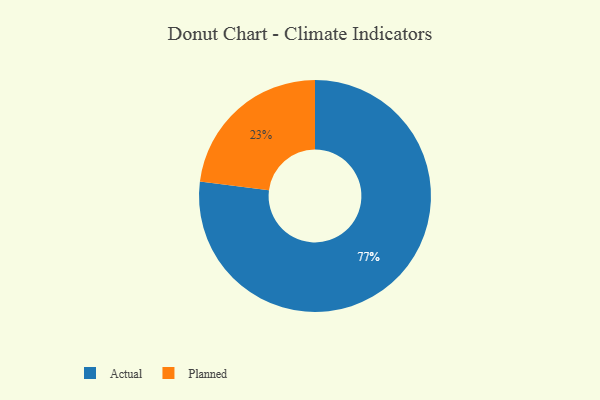
{"axis": {"x": "Category", "y": "Percentage"}, "legend": ["Actual", "Planned"], "data": [{"x": "Planned", "y": 23, "type": "Planned"}, {"x": "Actual", "y": 77, "type": "Actual"}]}